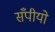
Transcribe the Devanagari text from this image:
सँपीयो